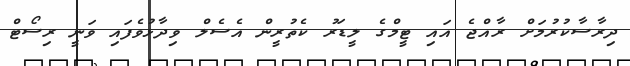
ދިރާސާކުރުމަށް ރާއްޖެ އައި ޓީމްގެ ލީޑަރު ކެތުރީން އެސެލް ވިދާޅުވެފައި ވަނީ ރިސޯޓް